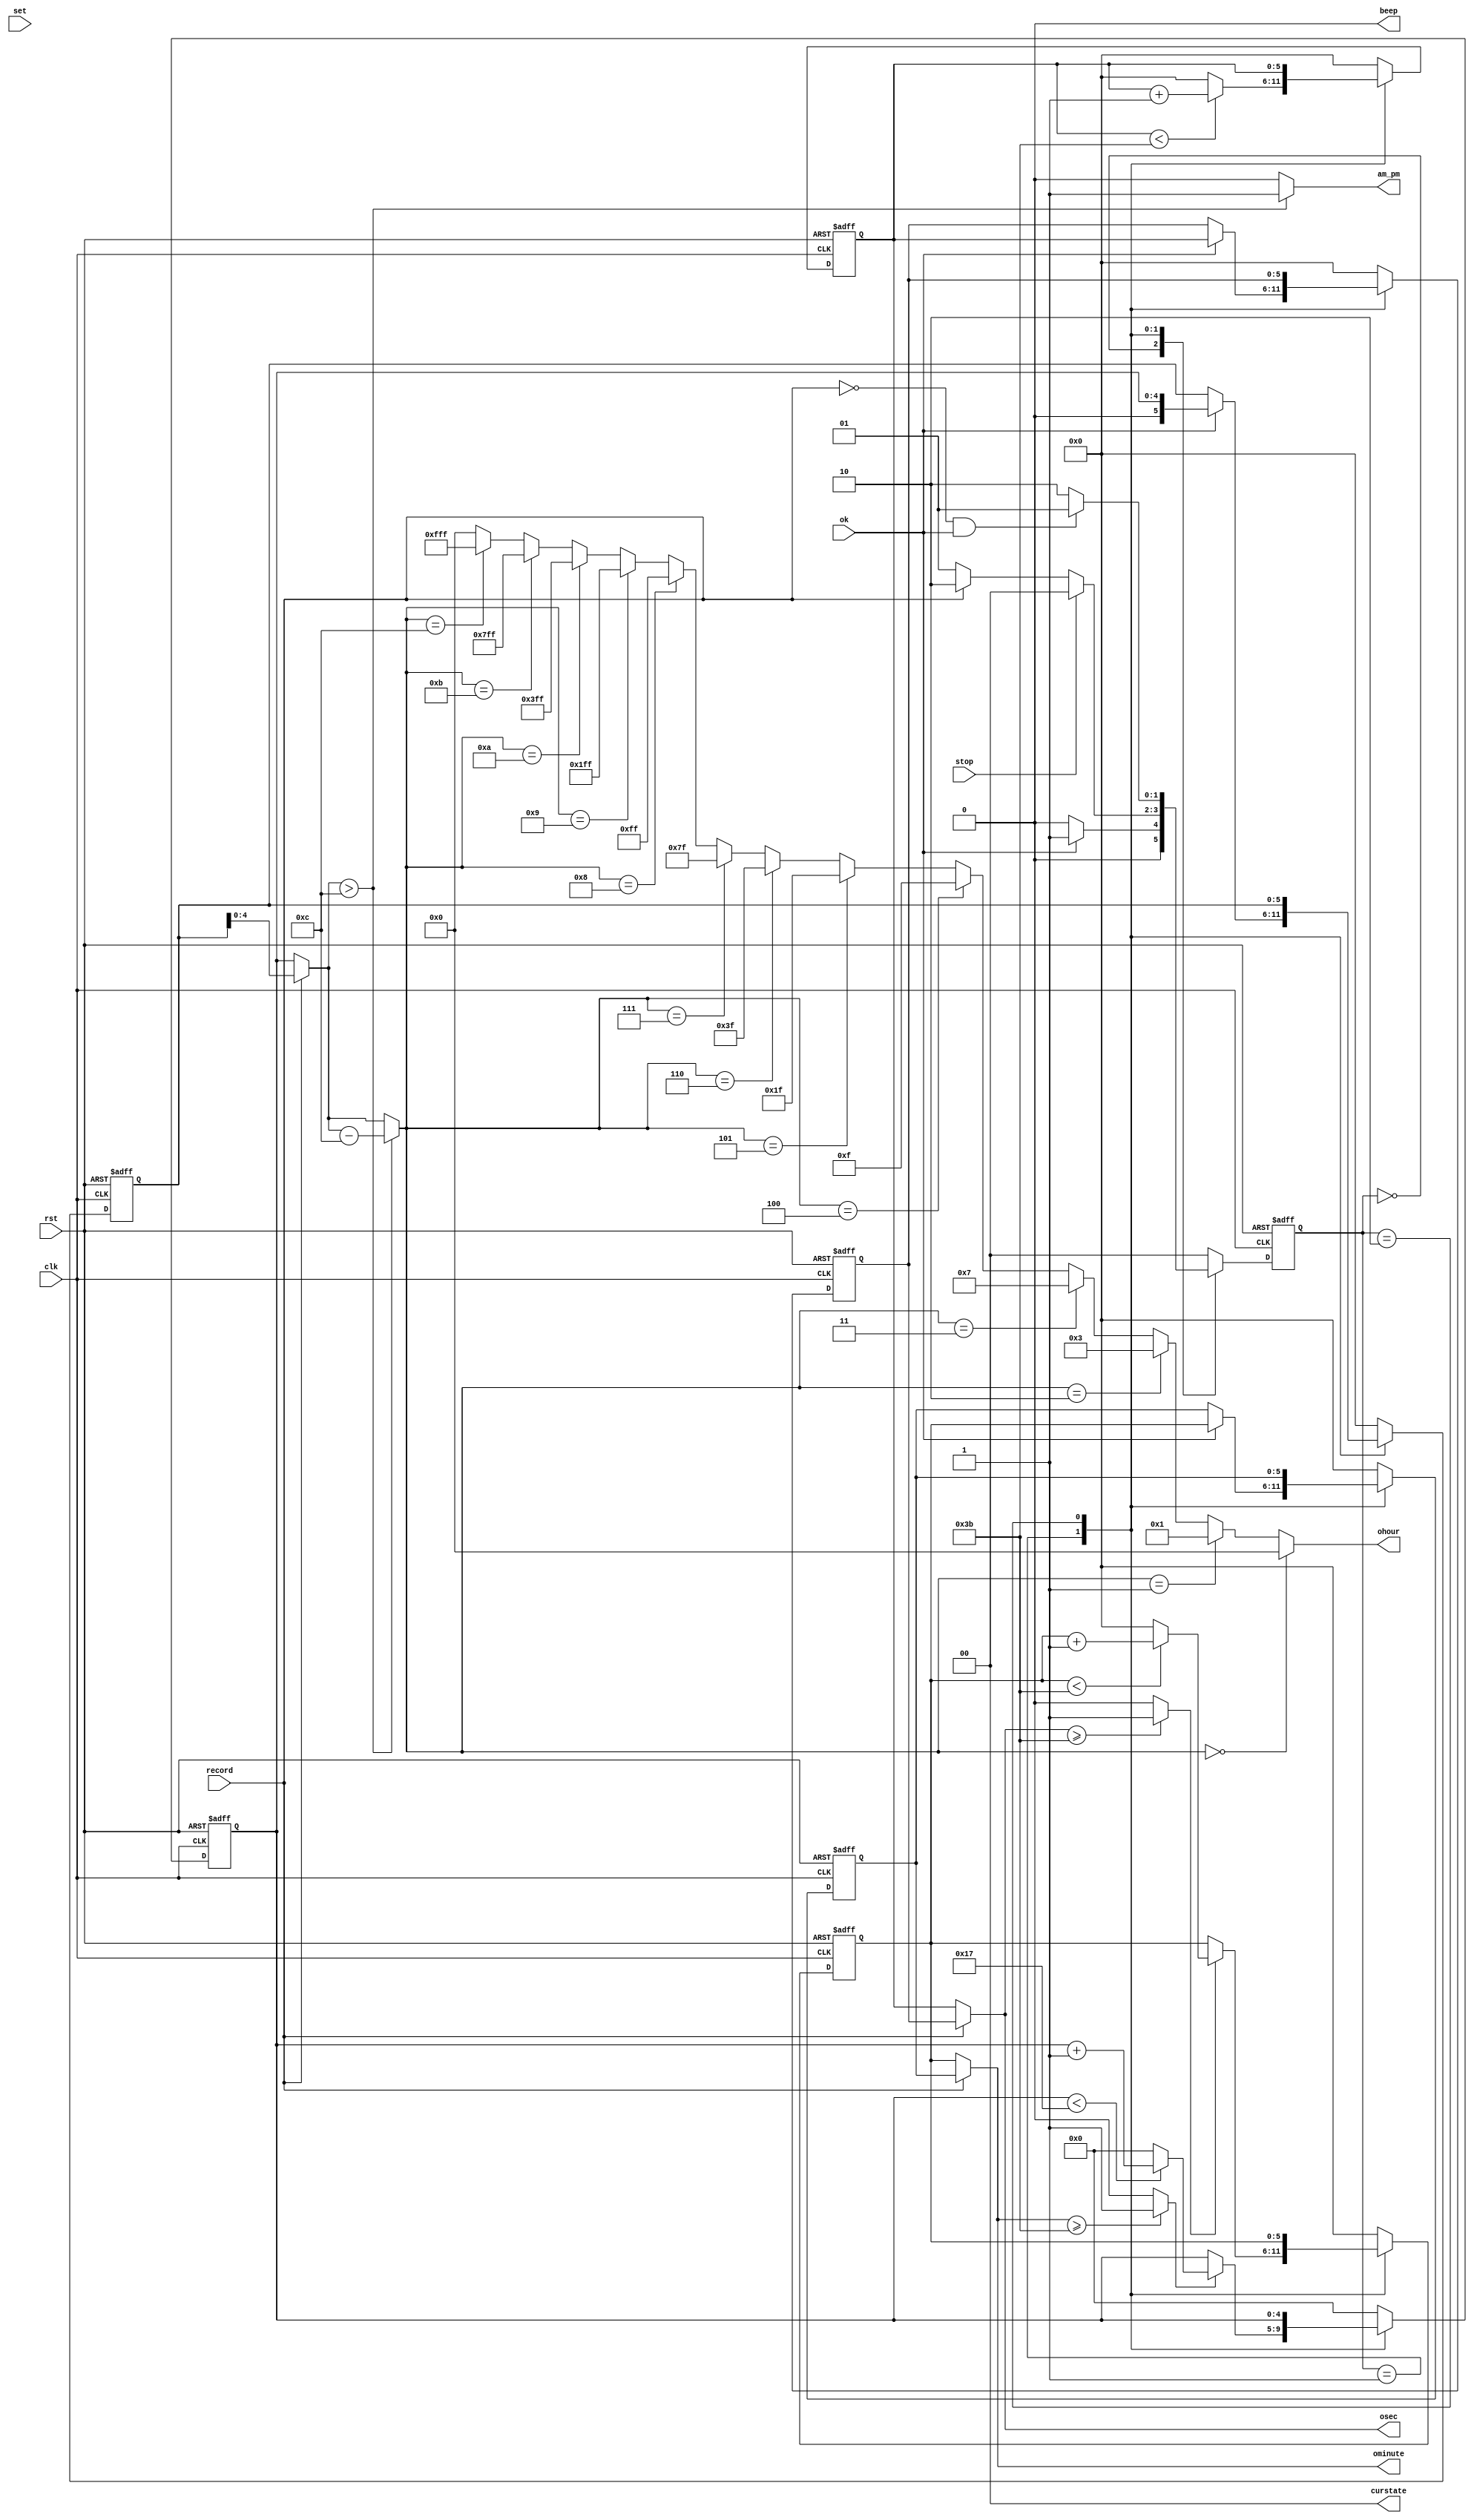
`timescale 1ns / 1ps
//////////////////////////////////////////////////////////////////////////////////
// Company: 
// Engineer: 
// 
// Design Name: 
// Module Name: StopWatch
// Project Name: 
// Target Devices: 
// Tool Versions: 
// Description: 
// 
// Dependencies: 
// 
// Revision:
// Revision 0.01 - File Created
// Additional Comments:
// 
//////////////////////////////////////////////////////////////////////////////////


module StopWatch(
    output [11:0]ohour,
    output am_pm,
    output  [5:0]ominute,
    output  [5:0]osec,
    output beep,
    output [1:0]curstate,
    input clk,
    input rst,
    input set,
    input ok,
    input stop,
    input record
    );
    
    wire [4:0]hour;
    wire [4:0]tmphour;
    
    
    wire minutecarry;
    wire hourcarry;
        
    assign minutecarry = ( osec >= 59 ) ? 1 : 0;
    assign hourcarry = ( ominute >= 59 ) ? 1 : 0;
        
    assign tmphour = ( hour > 12 ) ? hour - 12 : hour;
    assign ohour = ( tmphour == 0 ) ? 12'b000000000000:
                   ( tmphour == 1 ) ? 12'b000000000001:
                   ( tmphour == 2 ) ? 12'b000000000011:
                   ( tmphour == 3 ) ? 12'b000000000111:
                   ( tmphour == 4 ) ? 12'b000000001111:
                   ( tmphour == 5 ) ? 12'b000000011111:
                   ( tmphour == 6 ) ? 12'b000000111111:
                   ( tmphour == 7 ) ? 12'b000001111111:
                   ( tmphour == 8 ) ? 12'b000011111111:
                   ( tmphour == 9 ) ? 12'b000111111111:
                   ( tmphour == 10 ) ? 12'b001111111111:
                   ( tmphour == 11 ) ? 12'b011111111111:
                   ( tmphour == 12 ) ? 12'b111111111111: 0;
    assign am_pm = ( hour > 12 ) ? 1 : 0;
    assign beep = 0;
    assign curstate[0] = 0;
    assign curstate[1] = 0;
    
    
    parameter IDLE = 0;
    parameter COUNT = 1;
    parameter CHECK = 2;
    
    reg[1:0] state, nextstate;
    reg [4:0] ahour;
    reg [5:0] aminute, asec;
    reg [4:0] nextahour;
    reg [5:0] nextaminute, nextasec;
    reg [5:0] recordhour, nextrecordhour;
    reg [5:0] recordminute, nextrecordminute;
    reg [5:0] recordsec, nextrecordsec;
    
    assign hour = ( record ) ? recordhour : ahour;
    assign ominute = ( record ) ? recordminute : aminute;
    assign osec = ( record ) ? recordsec : asec;
    
    always@( posedge clk, posedge rst )begin
        if (rst)begin
            state <= IDLE;
            ahour <= 0;
            aminute <= 0;
            asec <= 0;
            recordhour <= 0;
            recordminute <= 0;
            recordsec <= 0;
        end        
        else begin
            state <= nextstate;
            ahour <= nextahour;
            aminute <= nextaminute;
            asec <= nextasec;
            recordhour <= nextrecordhour;
            recordminute <= nextrecordminute;
            recordsec <= nextrecordsec;
        end  
    end
    
    
    always@(*)begin
        case(state)
        IDLE:begin
            nextstate = ( ok ) ? COUNT : IDLE;
            nextahour = 0;
            nextaminute = 0;
            nextasec = 0;
            nextrecordhour =  0;
            nextrecordminute =  0;
            nextrecordsec =  0;
        end
        
        
        COUNT: begin
                    nextstate = ( stop ) ? IDLE : 
                                ( record) ? CHECK :
                                COUNT;
                    nextahour = ( hourcarry ) ? ( ahour < 23 ) ? ahour + 1 : 0 : 
                                ahour;
                    nextaminute = ( minutecarry ) ? ( aminute < 59 ) ? aminute + 1 : 0 :
                                 aminute;
                    nextasec = ( asec < 59 ) ? asec + 1 : 0;
                    nextrecordhour = ( ok ) ? ahour : recordhour;
                    nextrecordminute = ( ok ) ? aminute : recordminute;
                    nextrecordsec = ( ok ) ?  asec : recordsec; 
                                
        end        
        CHECK:begin        
            nextstate = ( record == 0 && ok ) ? COUNT : CHECK;                 
                            nextahour = ahour;
                            nextaminute =  aminute;
                            nextasec = asec ;
                            nextrecordhour =  recordhour;
                            nextrecordminute =  recordminute;
                            nextrecordsec =  recordsec;         
        end        
        default : begin
            nextstate = IDLE;
            nextahour = 0;
            nextaminute = 0;
            nextasec = 0;
            nextrecordhour =  0;
            nextrecordminute=  0; 
            nextrecordsec =  0;
        end
       endcase
    
    end
    
endmodule